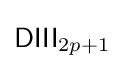
{\mathsf {DIII}}_{2p+1}